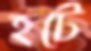
হটে